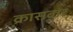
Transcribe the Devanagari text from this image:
क्रासबार